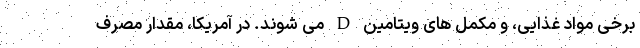
برخی مواد غذایی، و مکمل های ویتامین D می شوند. در آمریکا، مقدار مصرف